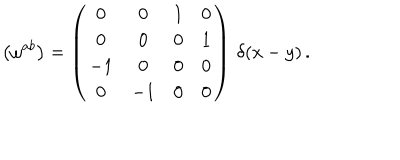
\bigl ( \omega ^ { a b } \bigr ) = \left( \begin{array} { c c c c } { { 0 } } & { { 0 } } & { { 1 } } & { { 0 } } \\ { { 0 } } & { { 0 } } & { { 0 } } & { { 1 } } \\ { { - 1 } } & { { 0 } } & { { 0 } } & { { 0 } } \\ { { 0 } } & { { - 1 } } & { { 0 } } & { { 0 } } \\ \end{array} \right) \, \delta ( x - y ) \, .